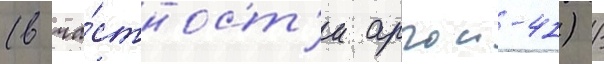
(в ча́стност'и аргон-41) /